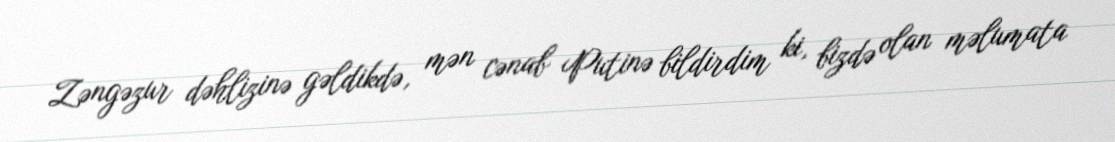
Zəngəzur dəhlizinə gəldikdə, mən cənab Putinə bildirdim ki, bizdə olan məlumata